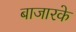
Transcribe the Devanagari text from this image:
बाजारके